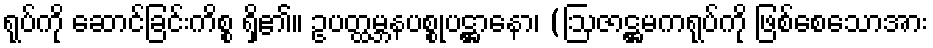
ရုပ်ကို ဆောင်ခြင်းကိစ္စ ရှိ၏။ ဥပတ္ထမ္ဘနပစ္စုပဋ္ဌာနော၊ (ဩဇာဋ္ဌမကရုပ်ကို ဖြစ်စေသောအား